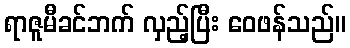
ရာဇူမီခင်ဘက် လှည့်ပြီး ဝေဖန်သည်။